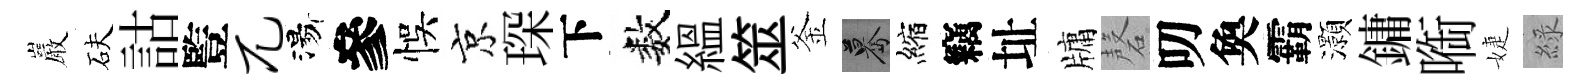
巖砆詁䜿兀湯參悞京琛下数緼筮釜驀縮竊址牗磬叨奐霸灝鏞㗸婕綠